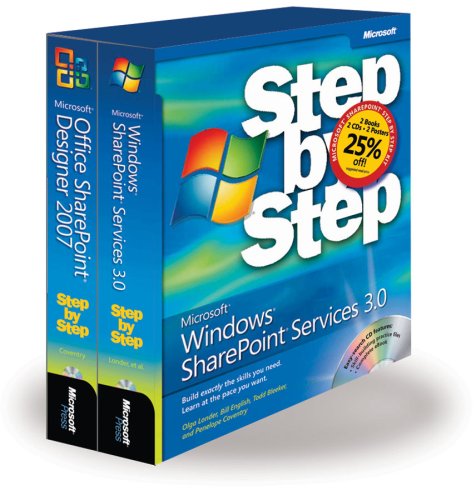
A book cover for The MicrosoftÂ® SharePointÂ® Step by Step Kit: Microsoft WindowsÂ® SharePoint Services 3.0 Step by Step and Microsoft Office SharePoint Designer 2007: ... Designer 2007 Step by Step (Business Skills); Olga M. Londer; Computers & Technology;